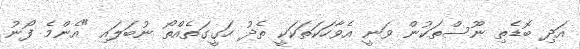
އަދި ބޮޑެތި ނޫސްތަކުން ވަނީ އެވާހަކަތަކަކީ ތެދު ހަގީގަތެއްތޯ ނުބަލައި "އެންމެ ފޯނު